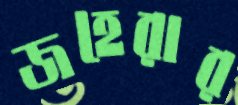
জহেরার